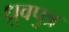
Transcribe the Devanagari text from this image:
ध्रुवपुत्र